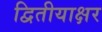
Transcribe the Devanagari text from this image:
द्वितीयाक्षर